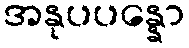
အနုပပန္နော